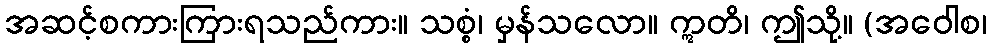
အဆင့်စကားကြားရသည်ကား။ သစ္စံ၊ မှန်သလော။ ဣတိ၊ ဤသို့။ (အဝေါစ၊